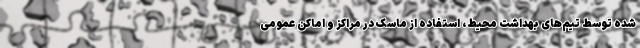
شده توسط تیم‌های بهداشت محیط، استفاده از ماسک در مراکز و اماکن عمومی